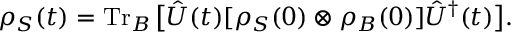
\rho _ { S } ( t ) = \operatorname { T r } _ { B } { \big [ } { \hat { U } } ( t ) [ \rho _ { S } ( 0 ) \otimes \rho _ { B } ( 0 ) ] { \hat { U } } ^ { \dagger } ( t ) { \big ] } .